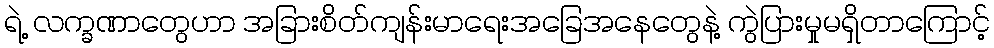
ရဲ့ လက္ခဏာတွေဟာ အခြားစိတ်ကျန်းမာရေးအခြေအနေတွေနဲ့ ကွဲပြားမှုမရှိတာကြောင့်